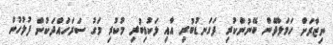
ނިޒާރަށް ހަމަލާދޭން ބޭނުންކުރި ދަގަނޑުބުރި އާއި ލަކުޑިބުރި މުކުރި މަގު ސަރަހައްދަކުން ފުލުހުން